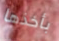
بأخذها